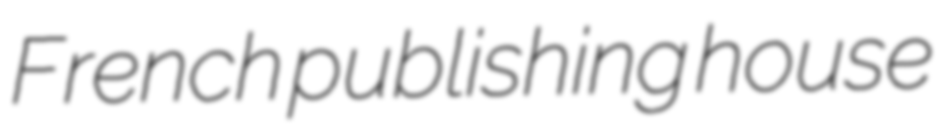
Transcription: French publishing house